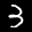
Label: 3